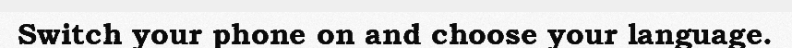
Switch your phone on and choose your language.